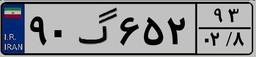
۹۰گ۶۵۲۹۳